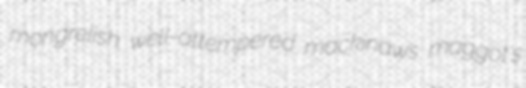
mongrelish well-attempered mackinaws maggot's